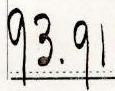
93.91